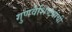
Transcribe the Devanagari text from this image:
गुणवैशिष्ट्यांची